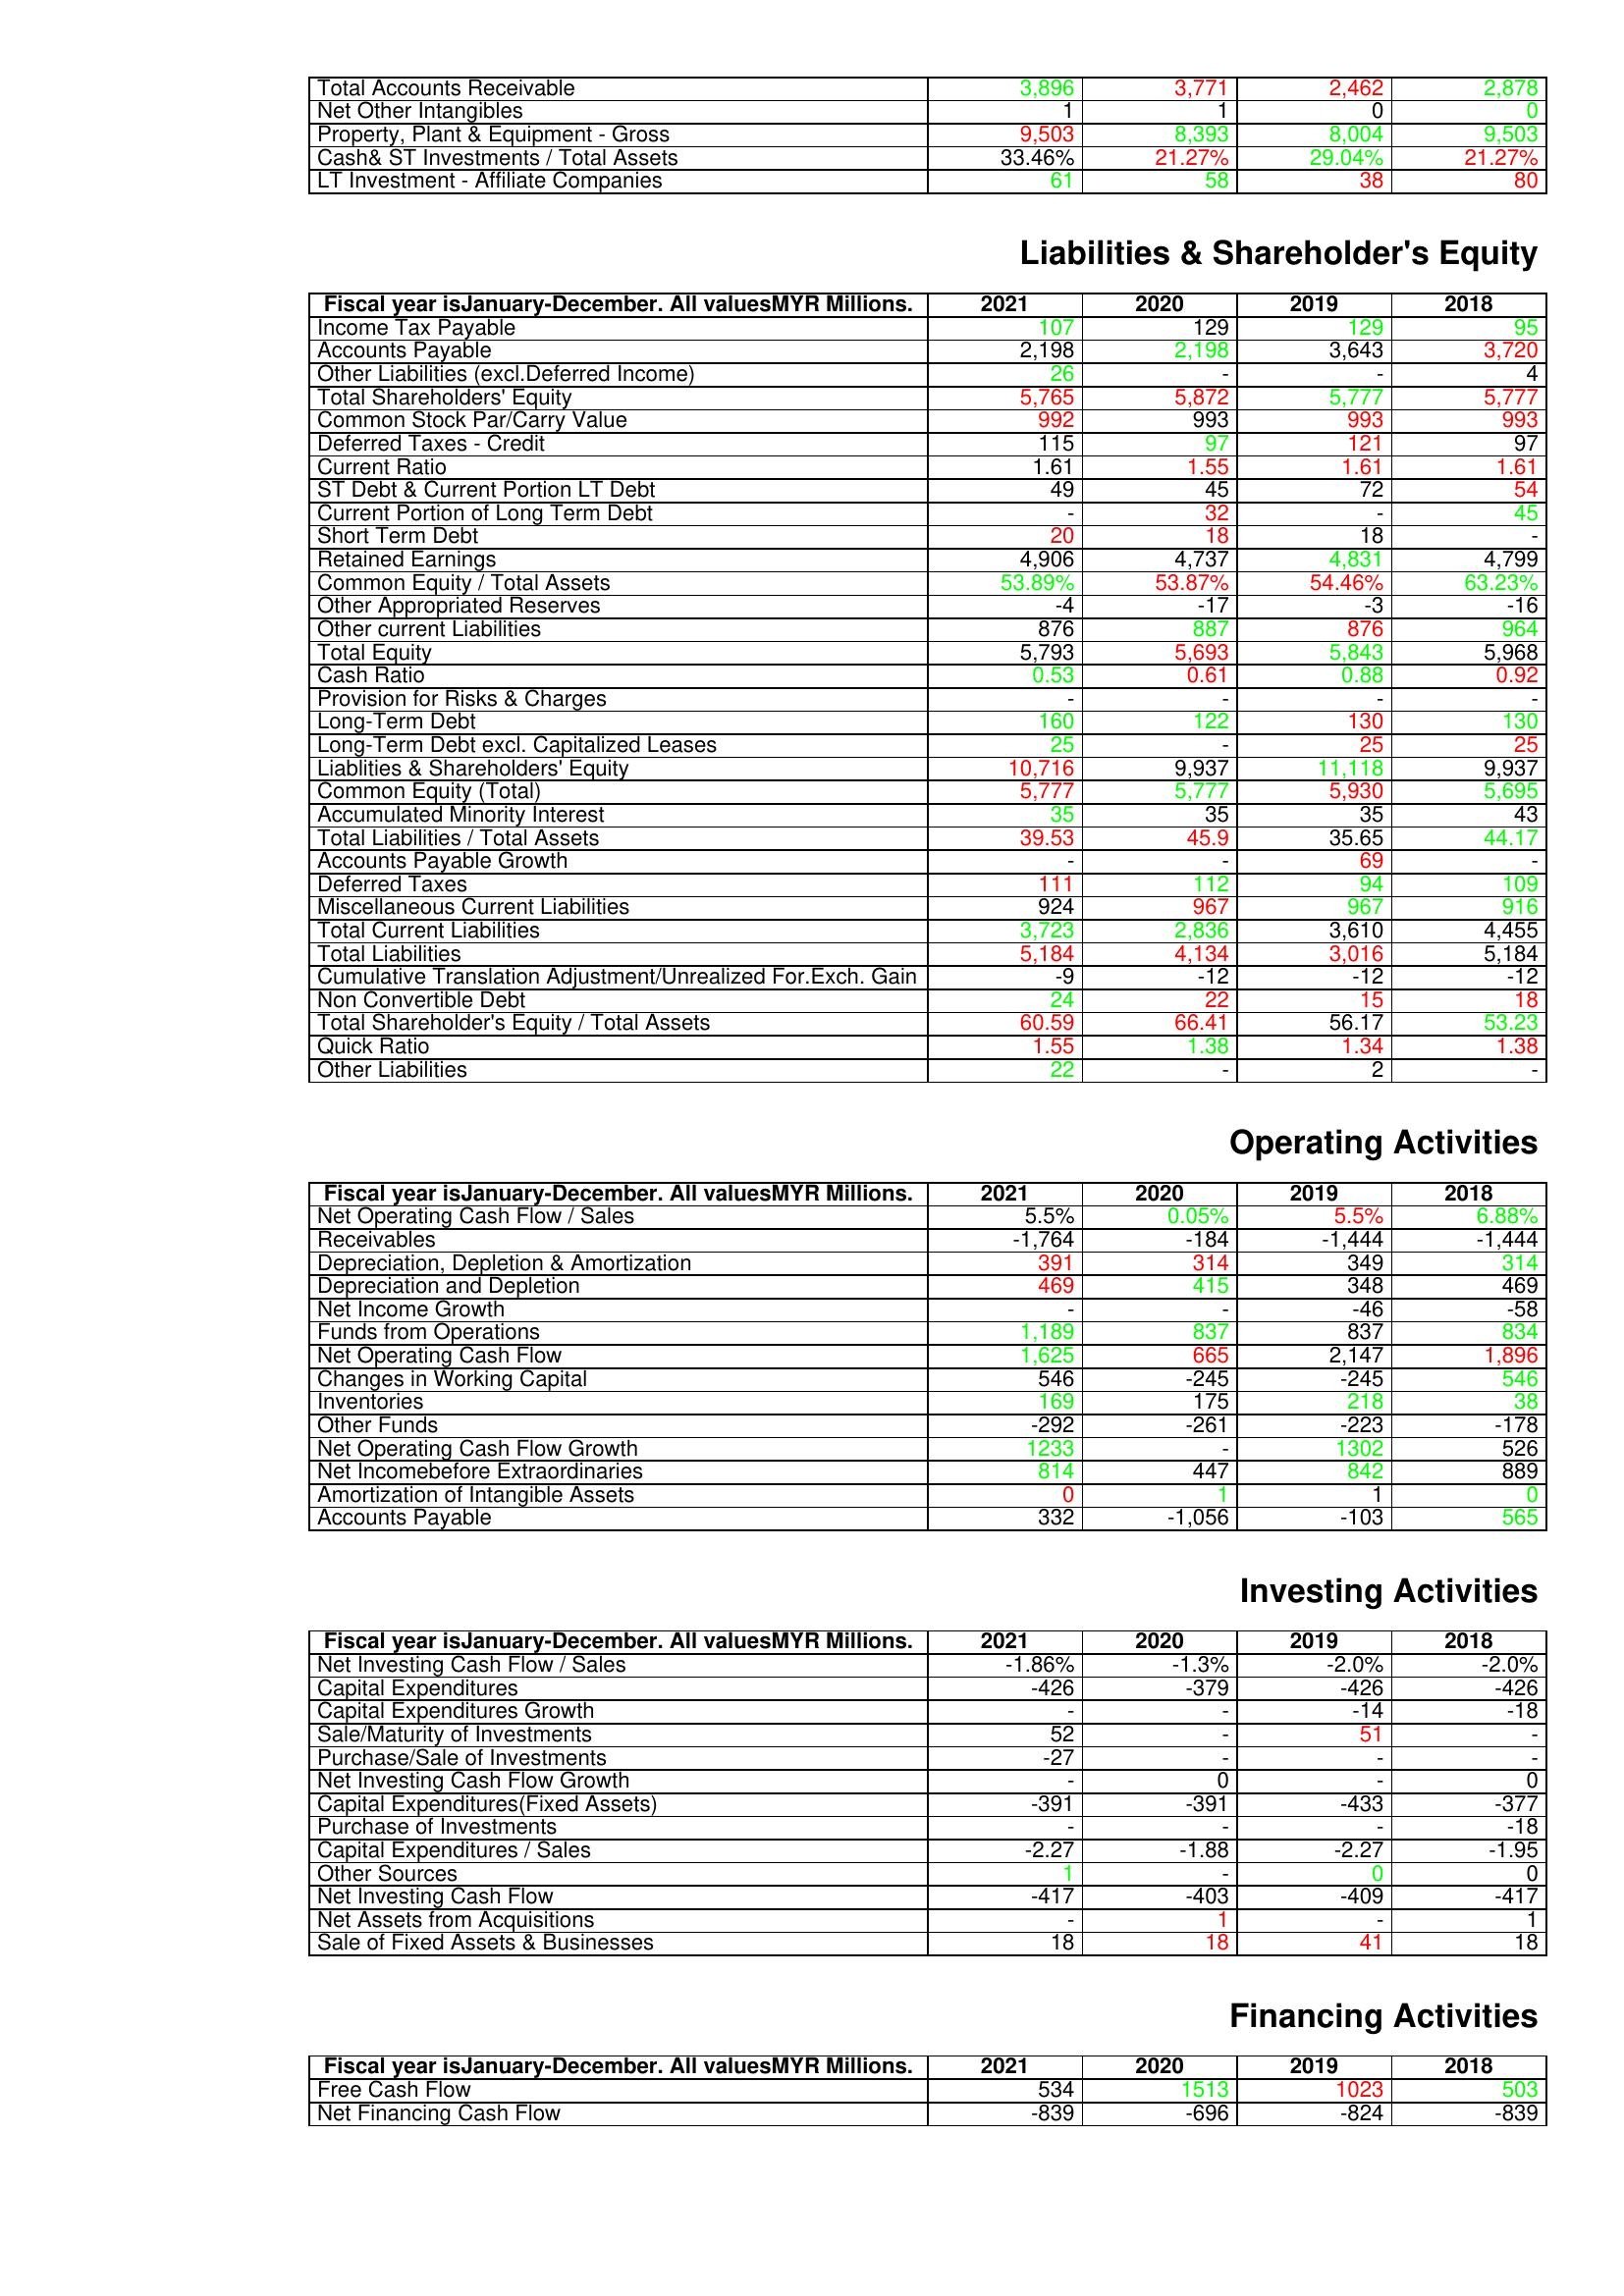
gt_parse: 2021: Assets: Total Accounts Receivable: 3,896
Net Other Intangibles: 1
Property, Plant & Equipment - Gross : 9,503
Cash& ST Investments / Total Assets: 33.46%
LT Investment - Affiliate Companies: 61
Liabilities & Shareholder's Equity: Income Tax Payable: 107
Accounts Payable: 2,198
Other Liabilities (excl.Deferred Income): 26
Total Shareholders' Equity: 5,765
Common Stock Par/Carry Value: 992
Deferred Taxes - Credit: 115
Current Ratio: 1.61
ST Debt & Current Portion LT Debt: 49
Current Portion of Long Term Debt: -
Short Term Debt: 20
Retained Earnings: 4,906
Common Equity / Total Assets: 53.89%
Other Appropriated Reserves: -4
Other current Liabilities: 876
Total Equity: 5,793
Cash Ratio: 0.53
Provision for Risks & Charges: -
Long-Term Debt: 160
Long-Term Debt excl. Capitalized Leases: 25
Liablities & Shareholders' Equity: 10,716
Common Equity (Total): 5,777
Accumulated Minority Interest: 35
Total Liabilities / Total Assets: 39.53
Accounts Payable Growth: -
Deferred Taxes: 111
Miscellaneous Current Liabilities: 924
Total Current Liabilities: 3,723
Total Liabilities: 5,184
Cumulative Translation Adjustment/Unrealized For.Exch. Gain: -9
Non Convertible Debt: 24
Total Shareholder's Equity / Total Assets: 60.59
Quick Ratio: 1.55
Other Liabilities: 22
Operating Activities: Net Operating Cash Flow / Sales: 5.5%
Receivables: -1,764
Depreciation, Depletion & Amortization: 391
Depreciation and Depletion: 469
Net Income Growth: -
Funds from Operations: 1,189
Net Operating Cash Flow: 1,625
Changes in Working Capital: 546
Inventories: 169
Other Funds: -292
Net Operating Cash Flow Growth: 1233
Net Incomebefore Extraordinaries: 814
Amortization of Intangible Assets: 0
Accounts Payable: 332
Investing Activities: Net Investing Cash Flow / Sales: -1.86%
Capital Expenditures: -426
Capital Expenditures Growth: -
Sale/Maturity of Investments: 52
Purchase/Sale of Investments: -27
Net Investing Cash Flow Growth: -
Capital Expenditures(Fixed Assets): -391
Purchase of Investments: -
Capital Expenditures / Sales: -2.27
Other Sources: 1
Net Investing Cash Flow: -417
Net Assets from Acquisitions: -
Sale of Fixed Assets & Businesses: 18
Financing Activities: Free Cash Flow: 534
Net Financing Cash Flow: -839
2020: Assets: Total Accounts Receivable: 3,771
Net Other Intangibles: 1
Property, Plant & Equipment - Gross : 8,393
Cash& ST Investments / Total Assets: 21.27%
LT Investment - Affiliate Companies: 58
Liabilities & Shareholder's Equity: Income Tax Payable: 129
Accounts Payable: 2,198
Other Liabilities (excl.Deferred Income): -
Total Shareholders' Equity: 5,872
Common Stock Par/Carry Value: 993
Deferred Taxes - Credit: 97
Current Ratio: 1.55
ST Debt & Current Portion LT Debt: 45
Current Portion of Long Term Debt: 32
Short Term Debt: 18
Retained Earnings: 4,737
Common Equity / Total Assets: 53.87%
Other Appropriated Reserves: -17
Other current Liabilities: 887
Total Equity: 5,693
Cash Ratio: 0.61
Provision for Risks & Charges: -
Long-Term Debt: 122
Long-Term Debt excl. Capitalized Leases: -
Liablities & Shareholders' Equity: 9,937
Common Equity (Total): 5,777
Accumulated Minority Interest: 35
Total Liabilities / Total Assets: 45.9
Accounts Payable Growth: -
Deferred Taxes: 112
Miscellaneous Current Liabilities: 967
Total Current Liabilities: 2,836
Total Liabilities: 4,134
Cumulative Translation Adjustment/Unrealized For.Exch. Gain: -12
Non Convertible Debt: 22
Total Shareholder's Equity / Total Assets: 66.41
Quick Ratio: 1.38
Other Liabilities: -
Operating Activities: Net Operating Cash Flow / Sales: 0.05%
Receivables: -184
Depreciation, Depletion & Amortization: 314
Depreciation and Depletion: 415
Net Income Growth: -
Funds from Operations: 837
Net Operating Cash Flow: 665
Changes in Working Capital: -245
Inventories: 175
Other Funds: -261
Net Operating Cash Flow Growth: -
Net Incomebefore Extraordinaries: 447
Amortization of Intangible Assets: 1
Accounts Payable: -1,056
Investing Activities: Net Investing Cash Flow / Sales: -1.3%
Capital Expenditures: -379
Capital Expenditures Growth: -
Sale/Maturity of Investments: -
Purchase/Sale of Investments: -
Net Investing Cash Flow Growth: 0
Capital Expenditures(Fixed Assets): -391
Purchase of Investments: -
Capital Expenditures / Sales: -1.88
Other Sources: -
Net Investing Cash Flow: -403
Net Assets from Acquisitions: 1
Sale of Fixed Assets & Businesses: 18
Financing Activities: Free Cash Flow: 1513
Net Financing Cash Flow: -696
2019: Assets: Total Accounts Receivable: 2,462
Net Other Intangibles: 0
Property, Plant & Equipment - Gross : 8,004
Cash& ST Investments / Total Assets: 29.04%
LT Investment - Affiliate Companies: 38
Liabilities & Shareholder's Equity: Income Tax Payable: 129
Accounts Payable: 3,643
Other Liabilities (excl.Deferred Income): -
Total Shareholders' Equity: 5,777
Common Stock Par/Carry Value: 993
Deferred Taxes - Credit: 121
Current Ratio: 1.61
ST Debt & Current Portion LT Debt: 72
Current Portion of Long Term Debt: -
Short Term Debt: 18
Retained Earnings: 4,831
Common Equity / Total Assets: 54.46%
Other Appropriated Reserves: -3
Other current Liabilities: 876
Total Equity: 5,843
Cash Ratio: 0.88
Provision for Risks & Charges: -
Long-Term Debt: 130
Long-Term Debt excl. Capitalized Leases: 25
Liablities & Shareholders' Equity: 11,118
Common Equity (Total): 5,930
Accumulated Minority Interest: 35
Total Liabilities / Total Assets: 35.65
Accounts Payable Growth: 69
Deferred Taxes: 94
Miscellaneous Current Liabilities: 967
Total Current Liabilities: 3,610
Total Liabilities: 3,016
Cumulative Translation Adjustment/Unrealized For.Exch. Gain: -12
Non Convertible Debt: 15
Total Shareholder's Equity / Total Assets: 56.17
Quick Ratio: 1.34
Other Liabilities: 2
Operating Activities: Net Operating Cash Flow / Sales: 5.5%
Receivables: -1,444
Depreciation, Depletion & Amortization: 349
Depreciation and Depletion: 348
Net Income Growth: -46
Funds from Operations: 837
Net Operating Cash Flow: 2,147
Changes in Working Capital: -245
Inventories: 218
Other Funds: -223
Net Operating Cash Flow Growth: 1302
Net Incomebefore Extraordinaries: 842
Amortization of Intangible Assets: 1
Accounts Payable: -103
Investing Activities: Net Investing Cash Flow / Sales: -2.0%
Capital Expenditures: -426
Capital Expenditures Growth: -14
Sale/Maturity of Investments: 51
Purchase/Sale of Investments: -
Net Investing Cash Flow Growth: -
Capital Expenditures(Fixed Assets): -433
Purchase of Investments: -
Capital Expenditures / Sales: -2.27
Other Sources: 0
Net Investing Cash Flow: -409
Net Assets from Acquisitions: -
Sale of Fixed Assets & Businesses: 41
Financing Activities: Free Cash Flow: 1023
Net Financing Cash Flow: -824
2018: Assets: Total Accounts Receivable: 2,878
Net Other Intangibles: 0
Property, Plant & Equipment - Gross : 9,503
Cash& ST Investments / Total Assets: 21.27%
LT Investment - Affiliate Companies: 80
Liabilities & Shareholder's Equity: Income Tax Payable: 95
Accounts Payable: 3,720
Other Liabilities (excl.Deferred Income): 4
Total Shareholders' Equity: 5,777
Common Stock Par/Carry Value: 993
Deferred Taxes - Credit: 97
Current Ratio: 1.61
ST Debt & Current Portion LT Debt: 54
Current Portion of Long Term Debt: 45
Short Term Debt: -
Retained Earnings: 4,799
Common Equity / Total Assets: 63.23%
Other Appropriated Reserves: -16
Other current Liabilities: 964
Total Equity: 5,968
Cash Ratio: 0.92
Provision for Risks & Charges: -
Long-Term Debt: 130
Long-Term Debt excl. Capitalized Leases: 25
Liablities & Shareholders' Equity: 9,937
Common Equity (Total): 5,695
Accumulated Minority Interest: 43
Total Liabilities / Total Assets: 44.17
Accounts Payable Growth: -
Deferred Taxes: 109
Miscellaneous Current Liabilities: 916
Total Current Liabilities: 4,455
Total Liabilities: 5,184
Cumulative Translation Adjustment/Unrealized For.Exch. Gain: -12
Non Convertible Debt: 18
Total Shareholder's Equity / Total Assets: 53.23
Quick Ratio: 1.38
Other Liabilities: -
Operating Activities: Net Operating Cash Flow / Sales: 6.88%
Receivables: -1,444
Depreciation, Depletion & Amortization: 314
Depreciation and Depletion: 469
Net Income Growth: -58
Funds from Operations: 834
Net Operating Cash Flow: 1,896
Changes in Working Capital: 546
Inventories: 38
Other Funds: -178
Net Operating Cash Flow Growth: 526
Net Incomebefore Extraordinaries: 889
Amortization of Intangible Assets: 0
Accounts Payable: 565
Investing Activities: Net Investing Cash Flow / Sales: -2.0%
Capital Expenditures: -426
Capital Expenditures Growth: -18
Sale/Maturity of Investments: -
Purchase/Sale of Investments: -
Net Investing Cash Flow Growth: 0
Capital Expenditures(Fixed Assets): -377
Purchase of Investments: -18
Capital Expenditures / Sales: -1.95
Other Sources: 0
Net Investing Cash Flow: -417
Net Assets from Acquisitions: 1
Sale of Fixed Assets & Businesses: 18
Financing Activities: Free Cash Flow: 503
Net Financing Cash Flow: -839